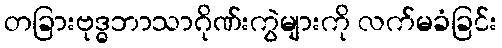
တခြားဗုဒ္ဓဘာသာဂိုဏ်းကွဲများကို လက်မခံခြင်း